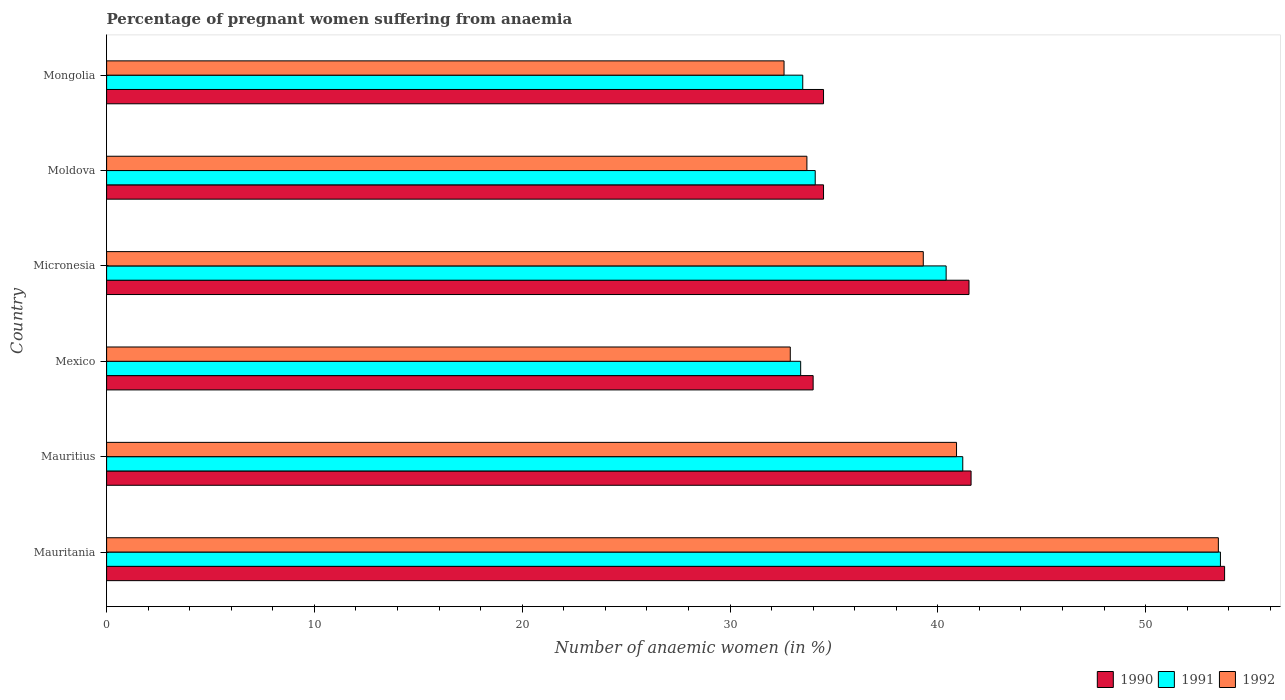
| Country | 1990 | 1991 | 1992 |
 | --- | --- | --- | --- |
 | Mauritania | 53.8 | 53.6 | 53.5 |
 | Mauritius | 41.6 | 41.2 | 40.9 |
 | Mexico | 34 | 33.4 | 32.9 |
 | Micronesia | 41.5 | 40.4 | 39.3 |
 | Moldova | 34.5 | 34.1 | 33.7 |
 | Mongolia | 34.5 | 33.5 | 32.6 |